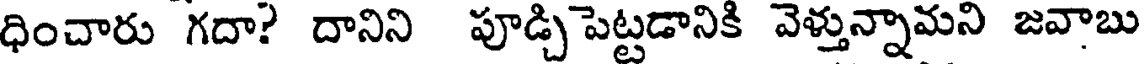
ధించారు గదా? దానిని పూడ్చి పెట్టడానికి వెళ్తున్నామని జవాబు